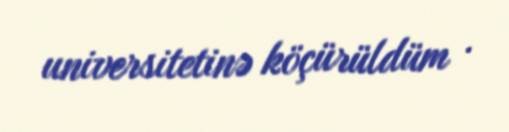
universitetinə köçürüldüm .